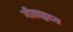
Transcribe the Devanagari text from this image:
गीताहृदय